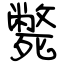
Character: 斃